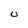
Character: 0